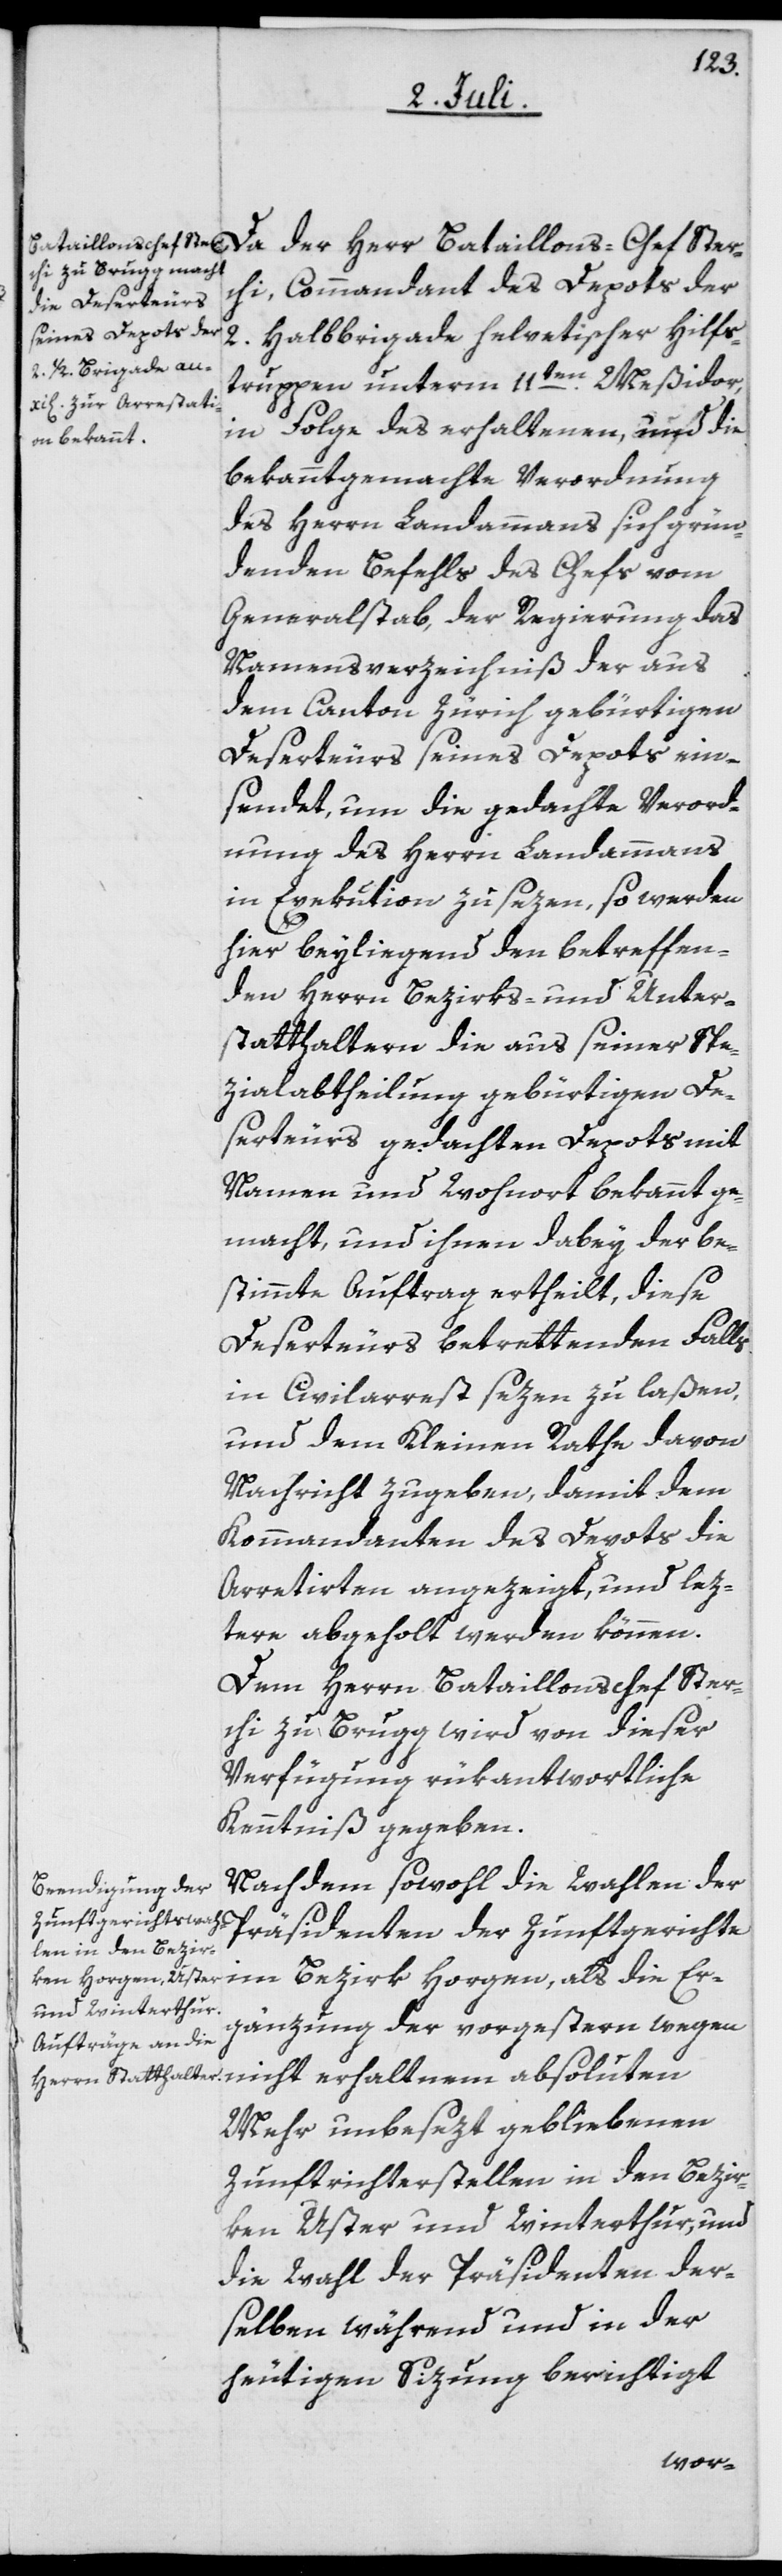
chi, Commandant des Depots der
2. Halbbrigade helvetischer Hilfs¬
truppen unterm 11ten Meßidor,
in Folge des erhaltenen, und die
bekanntgemachte Verordnung
des Herrn Landammans sich grün¬
denden Befehls des Chefs vom
Generalstab, der Regierung das
Namensverzeichniß der aus
dem Canton Zürich gebürtigen
Deserteurs seines Depots ein¬
sendet, um die gedachte Verord¬
nung des Herrn Landammans
in Exekution zu sezen, so werden
hier beyliegend den betreffen¬
den Herrn Bezirks- und Unter¬
statthaltern die aus seiner Spe¬
zialabtheilung gebürtigen De¬
serteurs gedachten Depots mit
Namen und Wohnort bekannt ge¬
macht, und ihnen dabey der be¬
stimmte Auftrag ertheilt, diese
Deserteurs betrettenden Falls
in Civilarrest sezen zu laßen,
und dem Kleinen Rathe davon
Nachricht zugeben, damit dem
Kommandanten des Depots die
Arretirten angezeigt, und lez¬
tere abgeholt werden können.
Dem Herrn Bataillonschef Ster¬
chi zu Brugg wird von dieser
Verfügung rükantwortliche
Kenntniß gegeben.
Nachdem sowohl die Wahlen der
Präsidenten der Zunftgerichte
im Bezirk Horgen, als die Er¬
gänzung der vorgestern wegen
Mehr unbesezt gebliebenen
Zunftrichterstellen in den Bezir¬
ken Uster und Winterthur, und
die Wahl der Präsidenten der¬
selben während und in der
heutigen Sizung berichtigt